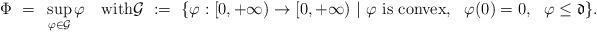
LaTeX: \begin{align*}\Phi~=~\sup_{\varphi\in\mathcal{G}}\varphi\quad\mathrm{with}\mathcal{G}~:=~\{\varphi:[0,+\infty)\to [0,+\infty)~|~\varphi~\mathrm{is~convex},~~\varphi(0)=0,~~\varphi\leq \mathfrak d\}.\end{align*}